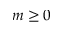
m \geq 0